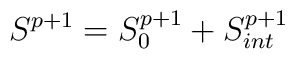
S^{p+1} = S_{0}^{p+1} + S^{p+1}_{int}